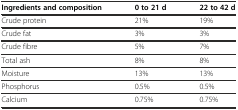
<table><thead><tr><td><b>Ingredients and composition</b></td><td><b>0 to 21 d</b></td><td><b>22 to 42 d</b></td></tr></thead><tbody><tr><td>Crude protein</td><td>21%</td><td>19%</td></tr><tr><td>Crude fat</td><td>3%</td><td>3%</td></tr><tr><td>Crude fibre</td><td>5%</td><td>7%</td></tr><tr><td>Total ash</td><td>8%</td><td>8%</td></tr><tr><td>Moisture</td><td>13%</td><td>13%</td></tr><tr><td>Phosphorus</td><td>0.5%</td><td>0.5%</td></tr><tr><td>Calcium</td><td>0.75%</td><td>0.75%</td></tr></tbody></table>